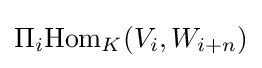
\Pi _{i}{\text{Hom}}_{K}(V_{i},W_{i+n})